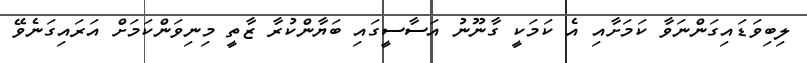
ލިބިވަޑައިގަންނަވާ ކަމަށާއި އެ ކަމަކީ ގާނޫނު އަސާސީގައި ބަޔާންކުރާ ޒާތީ މިނިވަންކަމަށް އަރައިގަނެވޭ